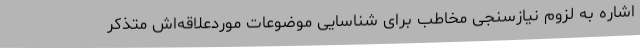
اشاره به لزوم نیازسنجی مخاطب برای شناسایی موضوعات موردعلاقه‌اش متذکر